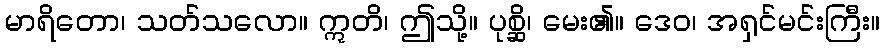
မာရိတော၊ သတ်သလော။ ဣတိ၊ ဤသို့။ ပုစ္ဆိ၊ မေး၏။ ဒေဝ၊ အရှင်မင်းကြီး။